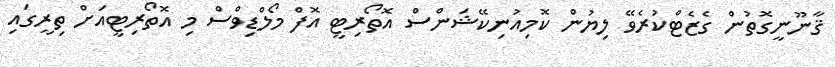
ޤާނޫނީގޮތުން ގެޒެޓްކުރެވޭ ލިޔުން ކޮމިއުނިކޭޝަންސް އޮތޯރިޓީ އޮފް މޯލްޑިވްސް މި އޮތޯރިޓީއަށް ތިރީގައި